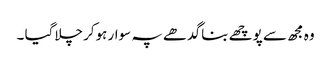
وہ مجھ سے پوچھے بنا گد ھے پہ سوار ہوکر چلاگیا ۔